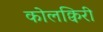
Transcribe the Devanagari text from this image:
कोलक्विरी